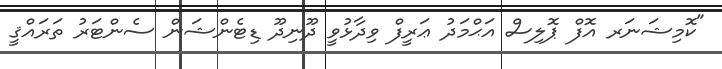
"ކޮމިޝަނަރ އޮފް ޕޮލިސް އަޙްމަދު ޢަރީފް ވިދާޅުވީ ދޫނިދޫ ޑިޓެންޝަން ސެންޓަރު ތަރައްޤީ